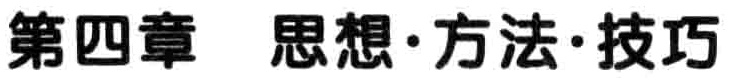
第四章 思想·方法·技巧